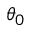
\theta _ { 0 }